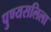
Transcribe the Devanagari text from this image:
पुण्यसलिला